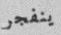
ينفجر